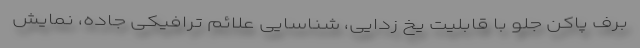
برف پاکن جلو با قابلیت یخ زدایی، شناسایی علائم ترافیکی جاده، نمایش